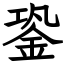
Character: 銎